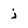
Character: j